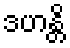
ဒဟန္တိ